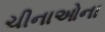
ચીનાઓના